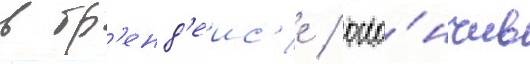
в бр'енд'еис'е / око́нчив